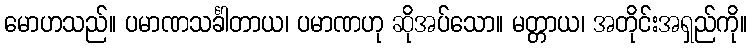
မောဟသည်။ ပမာဏသင်္ခါတာယ၊ ပမာဏဟု ဆိုအပ်သော။ မတ္တာယ၊ အတိုင်းအရှည်ကို။